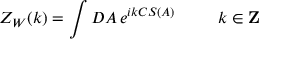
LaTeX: Z _ { W } ( k ) = \int { \cal D \/ } A \, e ^ { i k C S ( A ) } \; \; \; \; \; \; \; \; \; k \in { \bf Z }